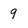
Character: 9